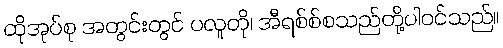
ထိုအုပ်စု အတွင်းတွင် ပလူတို၊ အီရစ်စ်စသည်တို့ပါဝင်သည်။